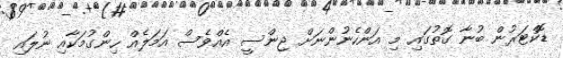
ޑޮކްޓަރުން ބުނާ ގޮތުގައި މި އަންހެނުންނަށް ޖިންސީ އެއްވެސް އަމަލެއް ހިންގުމަކާއި ނުލައި